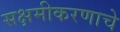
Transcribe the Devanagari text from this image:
सक्षमीकरणाचे